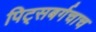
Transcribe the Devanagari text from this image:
पिट्सबर्गचाच